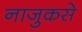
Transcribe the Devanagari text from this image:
नाजुकसे